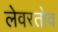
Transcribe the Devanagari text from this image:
लेवरतोव